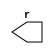
/*
 * Copyright (c) 2000 Stephan I. Boettcher <stephan@nevis.columbia.edu>
 *
 *    This source code is free software; you can redistribute it
 *    and/or modify it in source code form under the terms of the GNU
 *    General Public License as published by the Free Software
 *    Foundation; either version 2 of the License, or (at your option)
 *    any later version.
 *
 *    This program is distributed in the hope that it will be useful,
 *    but WITHOUT ANY WARRANTY; without even the implied warranty of
 *    MERCHANTABILITY or FITNESS FOR A PARTICULAR PURPOSE.  See the
 *    GNU General Public License for more details.
 *
 *    You should have received a copy of the GNU General Public License
 *    along with this program; if not, write to the Free Software
 *    Foundation, Inc., 59 Temple Place - Suite 330, Boston, MA 02111-1307, USA
 */

// compile time test for nested task scope elaboration

`define TEST

module nest(r);

   output [7:0] r;
   reg [7:0] r;

   task incr;
      input [7:0] a;
      begin
	 r <= r+a;
	 #1 $display("R=%b",r);
      end
   endtask

endmodule

module test;

   wire [7:0] acc;

   nest n(acc);

   initial n.r <= 0;

`ifdef TEST
   task increment;
      begin
	 n.incr(1);
      end
   endtask
`endif

   initial
     begin
`ifdef TEST
	#10 increment;
	#10 increment;
	#10 increment;
`else
	#10 n.incr(3);
`endif
	#10;
	if (acc==3)
	  $display("PASSED");
	else
	  $display("FAILED");
     end

endmodule